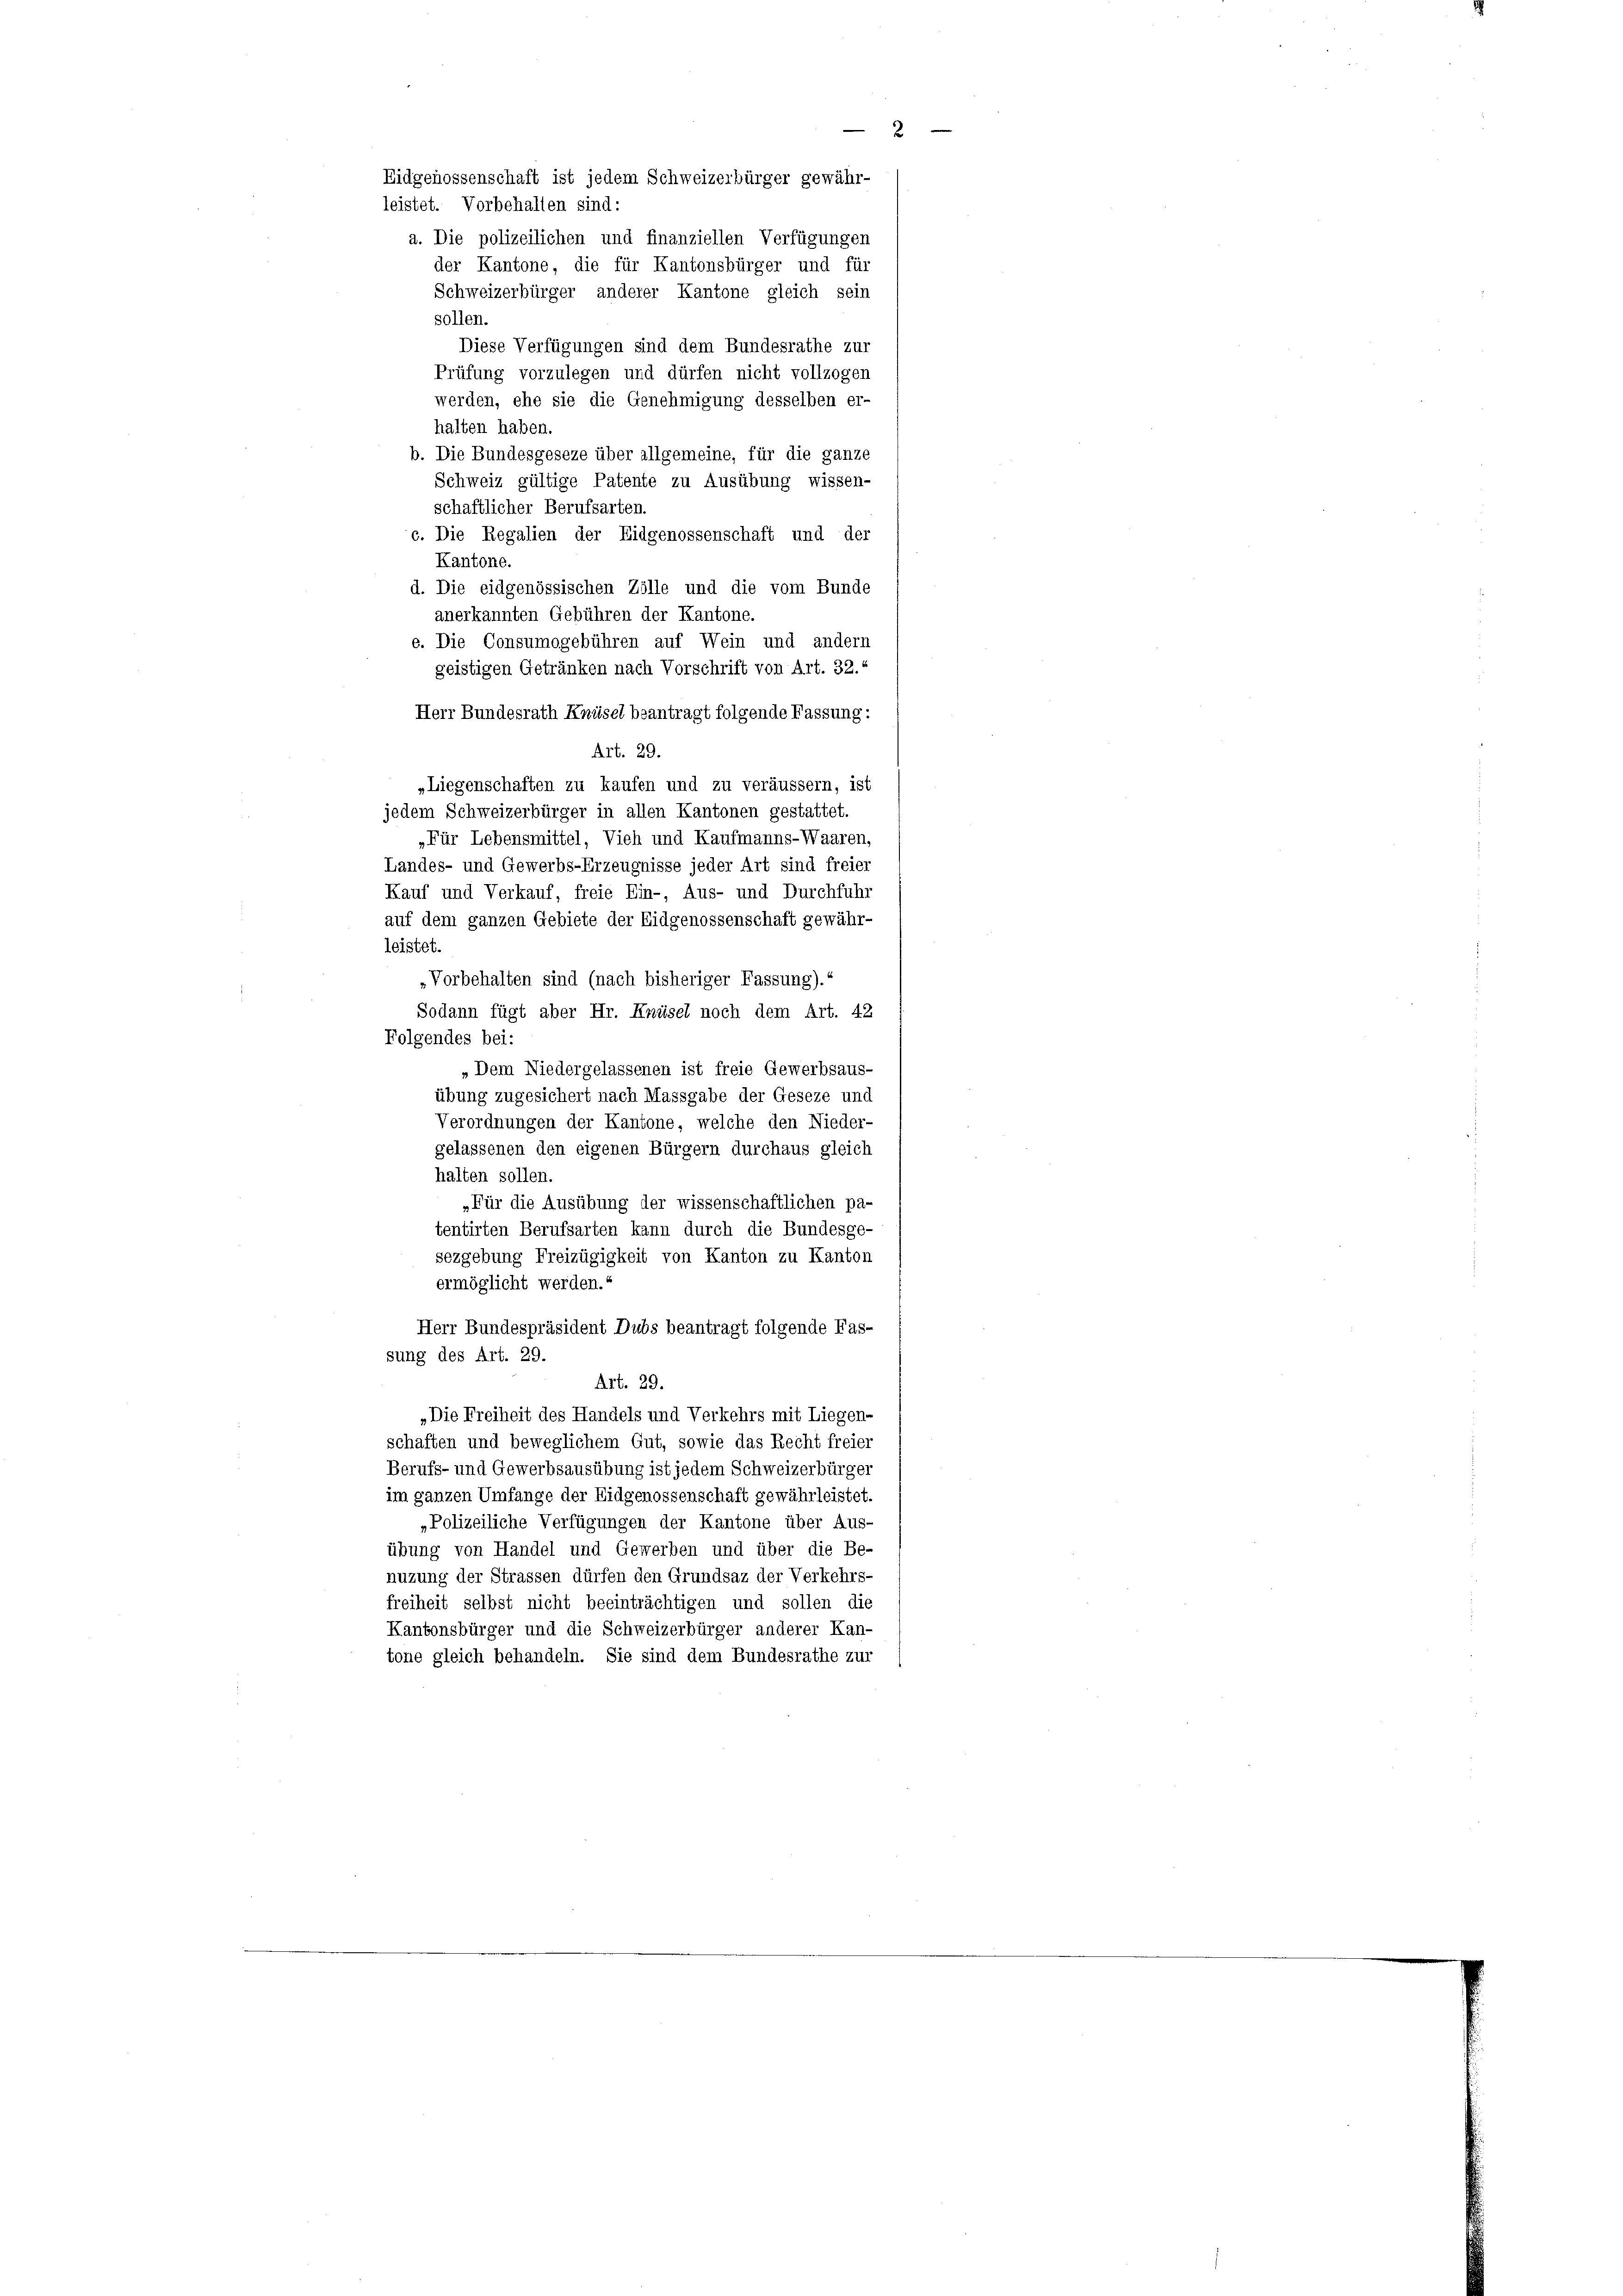
Eidgenossenschaft ist jedem Schweizerbürger gewähr-
leistet. Vorbehalten sind:
a. Die polizeilichen und finanziellen Verfügungen
der Kantone, die für Kantonsbürger und für
Schweizerbürger anderer Kantone gleich sein
sollen.
Diese Verfügungen sind dem Bundesrathe zur
Prüfung vorzulegen und dürfen nicht vollzogen
werden, ehe sie die Genehmigung desselben er-
halten haben.
b. Die Bundesgeseze über allgemeine, für die ganze
Schweiz gültige Patente zu Ausübung wissen-
schaftlicher Berufsarten.
c. Die Regalien der Eidgenossenschaft und der
Kantone.
d. Die eidgenössischen Zölle und die vom Bunde
anerkannten Gebühren der Kantone.
e. Die Consumogebühren auf Wein und andern
geistigen Getränken nach Vorschrift von Art. 32.“
Herr Bundesrath Knüsel beantragt folgende Fassung:
Art. 29.
„Liegenschaften zu kaufen und zu veräussern, ist
jedem Schweizerbürger in allen Kantonen gestattet.
„Für Lebensmittel, Vieh und Kaufmanns-Waaren,
Landes- und Gewerbs-Erzeugnisse jeder Art sind freier
Kauf und Verkauf, freie Ein- Aus- und Durchfuhr
auf dem ganzen Gebiete der Eidgenossenschaft gewähr-
leistet.
Vorbehalten sind (nach bisheriger Fassung).“
Sodann fügt aber Hr. Knüsel noch dem Art. 42
Folgendes bei:
„Dem Niedergelassenen ist freie Gewerbsaus-
übung zugesichert nach Massgabe der Geseze und
Verordnungen der Kantone, welche den Nieder-
gelassenen den eigenen Bürgern durchaus gleich
halten sollen.
„Für die Ausübung der wissenschaftlichen pa-
tentirten Berufsarten kann durch die Bundesge-
sezgebung Freizügigkeit von Kanton zu Kanton
ermöglicht werden.
Herr Bundespräsident Dubs beantragt folgende Fas-
sung des Art. 29.
Art. 29.
„Die Freiheit des Handels und Verkehrs mit Liegen-
schaften und beweglichem Gut, sowie das Recht freier
Berufs- und Gewerbsausübung ist jedem Schweizerbürger
im ganzen Umfange der Eidgenossenschaft gewährleistet.
„Polizeiliche Verfügungen der Kantone über Aus-
übung von Handel und Gewerben und über die Be-
nuzung der Strassen dürfen den Grundsaz der Verkehrs-
freiheit selbst nicht beeinträchtigen und sollen die
Kantonsbürger und die Schweizerbürger anderer Kan-
tone gleich behandeln. Sie sind dem Bundesrathe zur

2